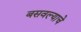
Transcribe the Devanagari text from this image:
बसवल्याचे